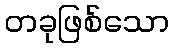
တခုဖြစ်သော